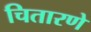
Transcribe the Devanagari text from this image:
चितारणे